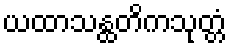
ယထာသန္ထတိကသုတ္တံ